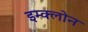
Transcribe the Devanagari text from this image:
इम्‍क्‍लोन